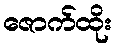
ဇောက်ထိုး